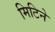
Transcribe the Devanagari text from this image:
मिटिने